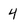
Character: 4